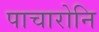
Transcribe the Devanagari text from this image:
पाचारोनि